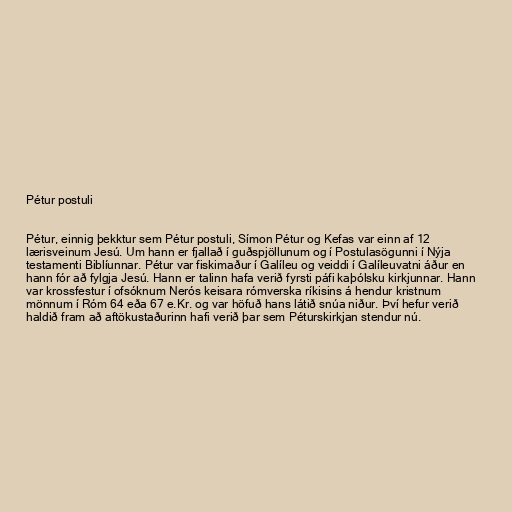
Pétur postuli

Pétur, einnig þekktur sem Pétur postuli, Símon Pétur og Kefas var einn af 12
lærisveinum Jesú. Um hann er fjallað í guðspjöllunum og í Postulasögunni í Nýja
testamenti Biblíunnar. Pétur var fiskimaður í Galíleu og veiddi í Galíleuvatni áður en
hann fór að fylgja Jesú. Hann er talinn hafa verið fyrsti páfi kaþólsku kirkjunnar. Hann
var krossfestur í ofsóknum Nerós keisara rómverska ríkisins á hendur kristnum
mönnum í Róm 64 eða 67 e.Kr. og var höfuð hans látið snúa niður. Því hefur verið
haldið fram að aftökustaðurinn hafi verið þar sem Péturskirkjan stendur nú.